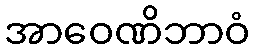
အာဝေဏိဘာဝံ